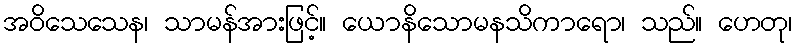
အဝိသေသေန၊ သာမန်အားဖြင့်။ ယောနိသောမနသိကာရော၊ သည်။ ဟေတု၊